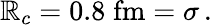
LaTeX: \mathbb{R}_{c}=0.8\; \mathrm{{fm}}=\sigma\, .